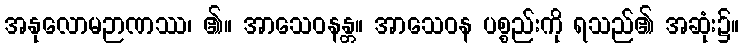
အနုလောမဉာဏဿ၊ ၏။ အာသေဝနန္တ။ အာသေဝန ပစ္စည်းကို ရသည်၏ အဆုံး၌။